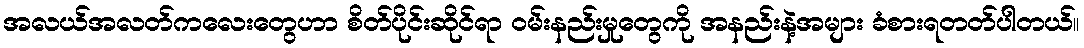
အလယ်အလတ်ကလေးတွေဟာ စိတ်ပိုင်းဆိုင်ရာ ဝမ်းနည်းမှုတွေကို အနည်းနဲ့အများ ခံစားရတတ်ပါတယ်။